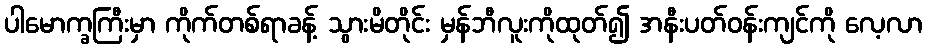
ပါမောက္ခကြီးမှာ ကိုက်တစ်ရာခန့် သွားမိတိုင်း မှန်ဘီလူးကိုထုတ်၍ အနီးပတ်ဝန်းကျင်ကို လေ့လာ